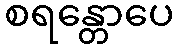
စရန္တောပေ